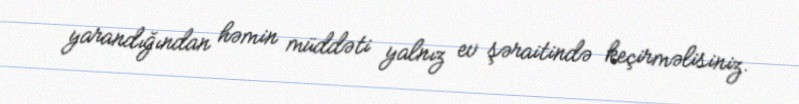
yarandığından həmin müddəti yalnız ev şəraitində keçirməlisiniz.